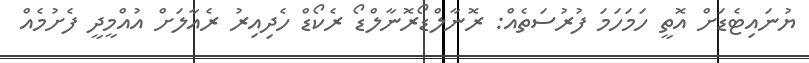
ޔުނައިޓެޑަށް އޮތީ ހަމަހަމަ ފުރުސަތެއް: ރޮނާލްޑޯރޮނާލްޑޯ ރެކޯޑް ހެދިއިރު ރެއާލަށް އުއްމީދީ ފެށުމެއް